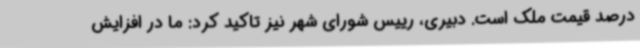
درصد قیمت ملک است. دبیری، رییس شورای شهر نیز تاکید کرد: ما در افزایش